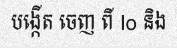
បង្កើត ចេញ ពី Io និង